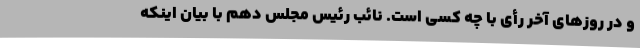
و در روزهای آخر رأی با چه کسی است. نائب رئیس مجلس دهم با بیان اینکه